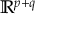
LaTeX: \mathbb { R } ^ { p + q }